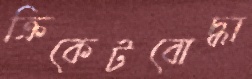
ক্রিকেটবোদ্ধা